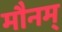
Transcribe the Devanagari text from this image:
मौनम्‌